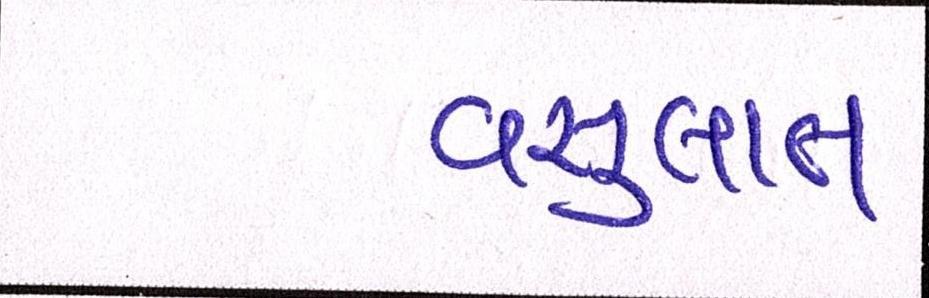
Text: વસુલાત